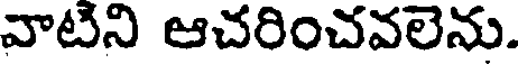
వాటిని ఆచరించవలెను.